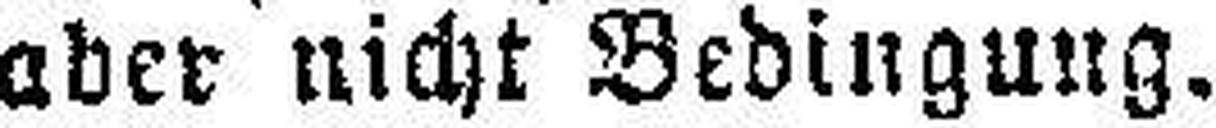
aber nicht Bedingung.